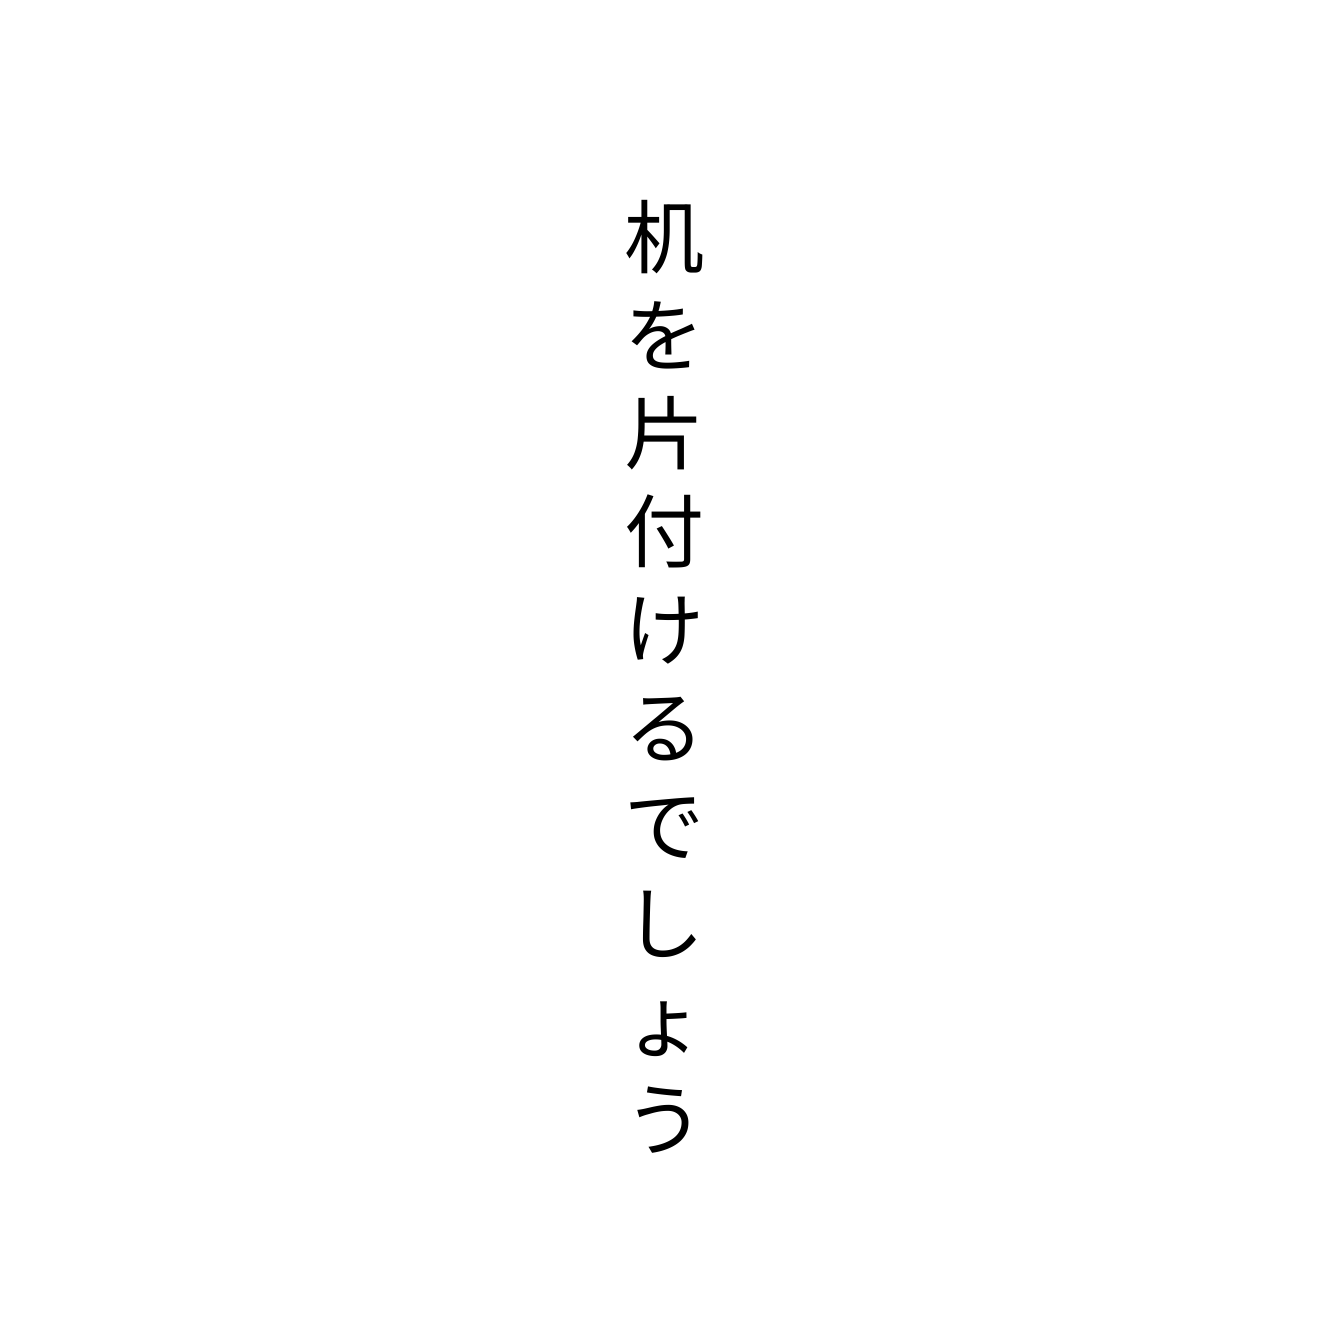
机を片付けるでしょう